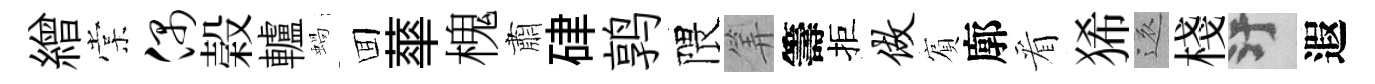
繒棠偶榖轤蝸囬蕐槐肅硉鹑隈筭籌拒做賔廓看狶還棧污遐